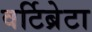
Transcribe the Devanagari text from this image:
वर्टिब्रेटा